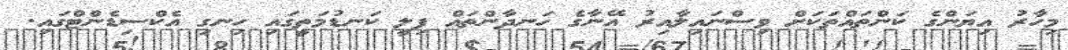
މިހާރު އިޔަންގެ ކަންތައްތަކަށް ވިސްނައިލާއިރު އޭނާގެ ހަނދާންތައް ފިލީ ކަނޑުމަތީގައި ހިނގި އެކްސިޑެންޓްގައި.